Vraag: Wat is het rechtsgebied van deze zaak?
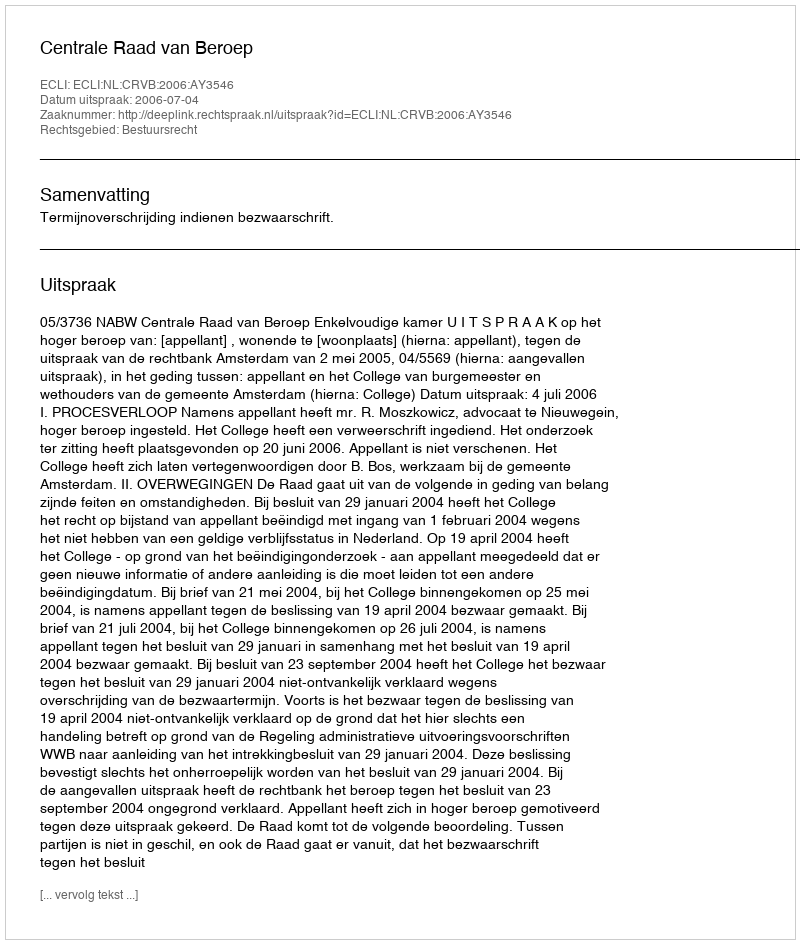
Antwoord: Bestuursrecht